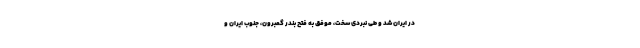
در ایران شد و طی نبردی سخت، موفق به فتح بندر گمبرون، جنوب ایران و